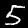
Label: 5